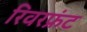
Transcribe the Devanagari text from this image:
रिवरफ्रंट